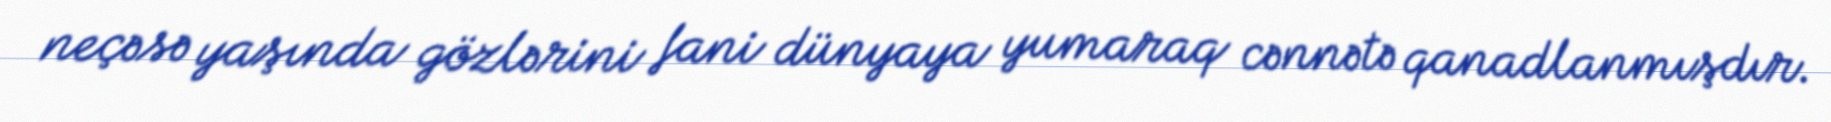
neçəsə yaşında gözlərini fani dünyaya yumaraq cənnətə qanadlanmışdır.